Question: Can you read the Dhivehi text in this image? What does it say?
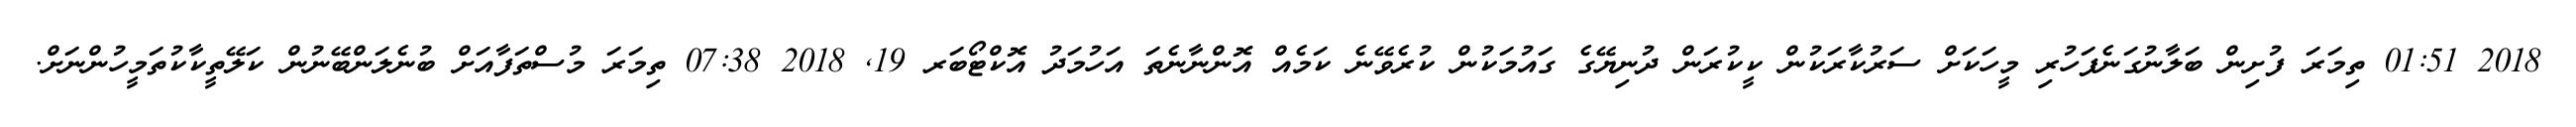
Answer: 2018 01:51 ތިމަރަ ފުށިން ބަލާނުގަނެފަހުރި މީހަކަށް ސަރުކާރަކުން ކީކުރަން ދުނިޔޭގެ ގައުމަކުން ކުރެވޭނެ ކަމެއް އޮންނާނެތަ އަހުމަދު އޮކްޓޯބަރ 19, 2018 07:38 ތިމަރަ މުސްތަފާއަށް ބުނެލަންބޭނުން ކަލޭތީކާކުތަމީހުންނަށް.